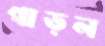
গাড়ল